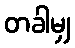
တခါမျှ